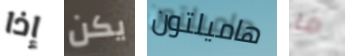
إذا يكن هاميلتون ما